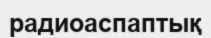
радиоаспаптық